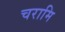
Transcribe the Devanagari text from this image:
चरामि